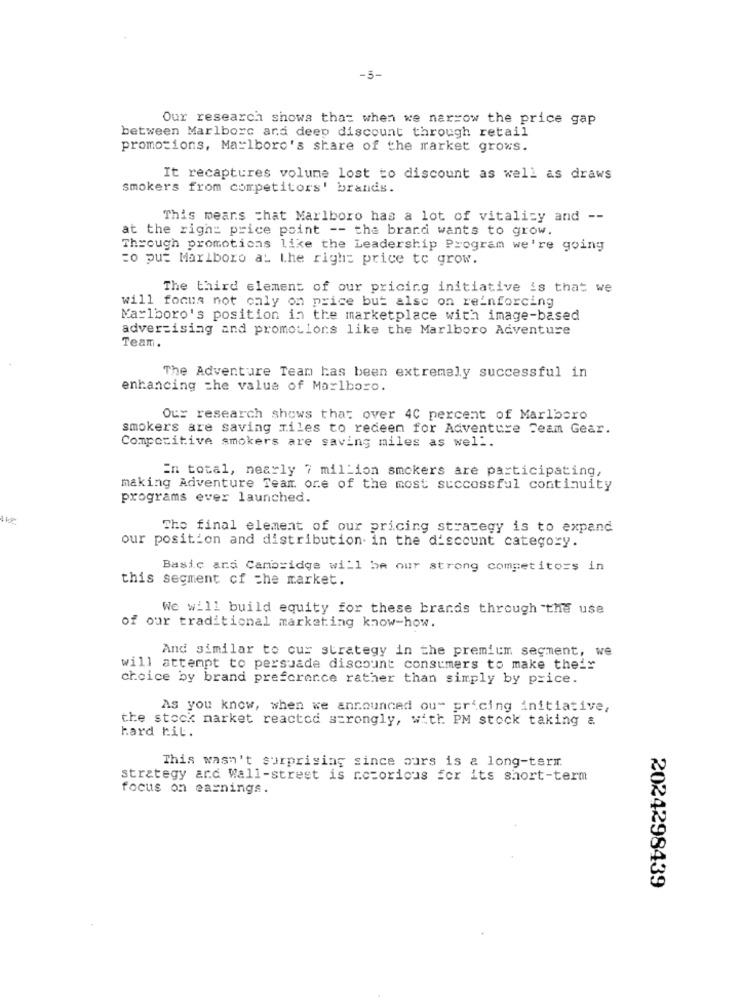
-5-
Our research shows that when we narrow the price gap
between Marlborc and deep discount through retail
promotions, Marlboro's share of the market grows.
It recaptures volume lost to discount as well as draws
smokers from competitors' brands.
This means that Marlboro has a lot of vitalicy and --
at the right price point -- the brand wants to grow.
Through promotions like the Leadership Program we're going
=o put Marlboro at the right price to grow.
The third element of our pricing initiative is that we
will focus not caly on price but also on reinforcing
Marlboro's position in the marketplace with image-based
advertising and promotions like the Marlboro Adventure
Team.
The Adventure Team has been extremely successful in
enhancing the value of Marlboro.
Our research shows that over 40 percent of Marlboro
smokers are saving miles to redeem for Adventure Team Gear.
Competitive smokers are saving miles as well.
En total, nearly 7 million smokers are participating,
making Adventure Team one of the most successful continuity
programs ever launched.
The final element of our pricing strategy is to expand
our position and distribution in the discount category.
Basic ara Cambridge will be our strong competitors in
this segment of the market.
We will build equity for these brands through the use
of our traditional marketing know-how.
And similar to cur strategy in the premium segment, we
will attempt to persuade discount consumers to make their
choice by brand preference rather than simply by price.
As you know, when we announced ou" pricing initiative,
the stock market reacted strongly, with PM stock taking a
hard hit.
This wasn't surprising since ours is a long-term
strategy and Wall-street is notorious for its short-term
focus on earnings.
2024298439